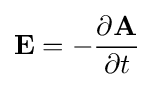
\mathbf {E} =-{\frac {\partial \mathbf {A} }{\partial t}}